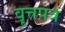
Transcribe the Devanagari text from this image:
वॄत्तपत्र